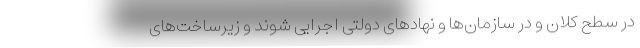
در سطح کلان و در سازمان‌ها و نهادهای دولتی اجرایی شوند و زیرساخت‌های